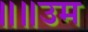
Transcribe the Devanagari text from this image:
॥॥उम